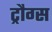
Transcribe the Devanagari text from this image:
ट्रौग्स